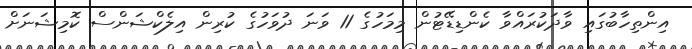
އިންތިހާބުގައި ވާދަކުރައްވާ ކެންޑިޑޭޓުން މިމަހުގެ 11 ވަނަ ދުވަހުގެ ކުރިން އިލެކްޝަންސް ކޮމިޝަނަށް